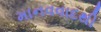
માનવવાદથી